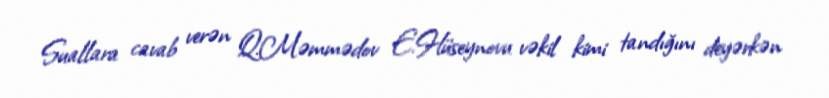
Suallara cavab verən Q.Məmmədov E.Hüseynovu vəkil kimi tandığını deyərkən